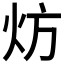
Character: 𬊀